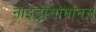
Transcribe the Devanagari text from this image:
नाइट्रोसोमोनस